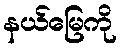
နယ်မြေကို